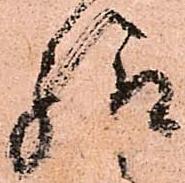
給